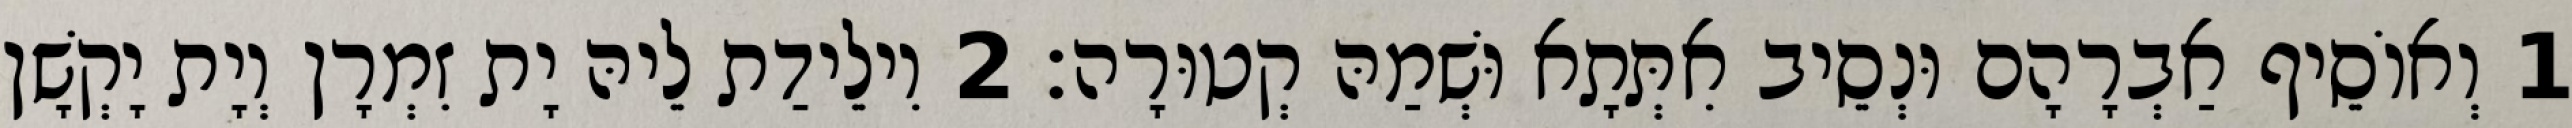
1 וְאוֹסֵיף אַבְרָהָם וּנְסֵיב אִתְּתָא וּשְׁמַהּ קְטוּרָה׃ 2 וִילֵידַת לֵיהּ יָת זִמְרָן וְיָת יָקְשָׁן